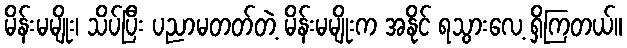
မိန်းမမျိုး၊ သိပ်ပြီး ပညာမတတ်တဲ့ မိန်းမမျိုးက အနိုင် ရသွားလေ့ ရှိကြတယ်။